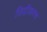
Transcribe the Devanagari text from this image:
छिद्रीकरण